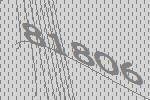
81806